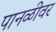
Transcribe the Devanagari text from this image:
पानळीवर